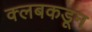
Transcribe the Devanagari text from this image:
क्‍लबकडून